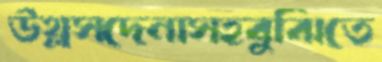
উথ্‌লসদেনাসহবুঝিতে